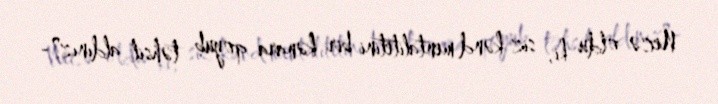
Necə oldu ki, siz kənd mentalitetini bir kənara qoyub təhsil aldınız?-